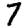
Digit: 7